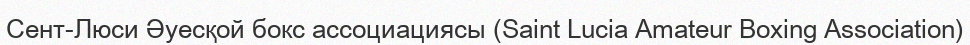
Сент-Люси Әуесқой бокс ассоциациясы (Saint Lucia Amateur Boxing Association)